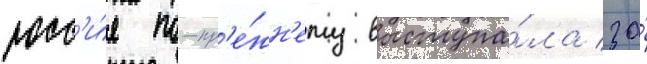
росс'и́я по-пр'е́жн'ему выступа́ла за́